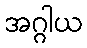
အဂ္ဂါယ